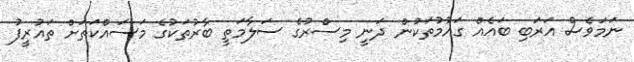
ނަމަވެސް އަރަބި ބައެއް ގައުމުތަކުން ދަނީ މިސްރުގެ ސަލާމަތީ ބާރުތަކުގެ މަސައްކަތަށް ތައުރީފު